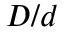
D / d